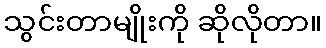
သွင်းတာမျိုးကို ဆိုလိုတာ။